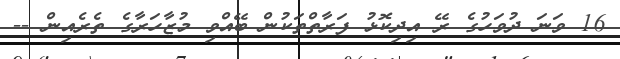
16 ވަނަ ދުވަހުގެ ރޭ އިދިކޮޅު ފަރާތްތަކުން ބޭއްވި މުޒާހަރާގެ ތެރެއިން --